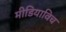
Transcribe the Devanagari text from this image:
मीडियाविच